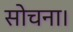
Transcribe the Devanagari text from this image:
सोचना।